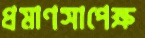
প্রমাণসাপেক্ষ